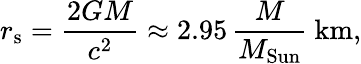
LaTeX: r_{\mathrm{s}}={\frac{2GM}{c^{2}}}\approx 2.95\, {\frac{M}{M_{\mathrm{Sun}}}}~\mathrm{km,}